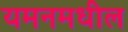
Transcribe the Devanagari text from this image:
यमनमधील